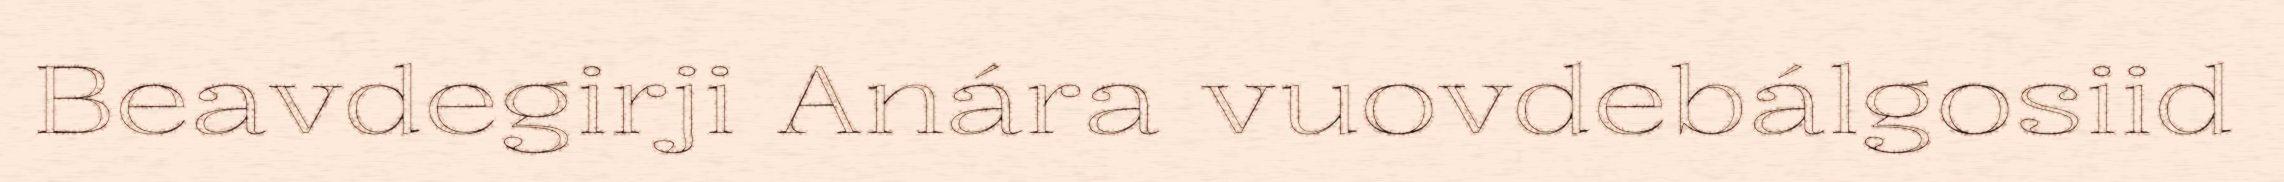
Beavdegirji Anára vuovdebálgosiid